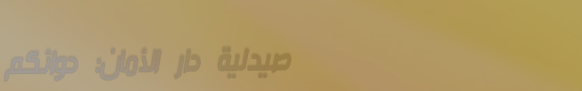
صيدلية دار الأمان: دوائكم